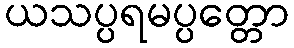
ယသပ္ပရမပ္ပတ္တော